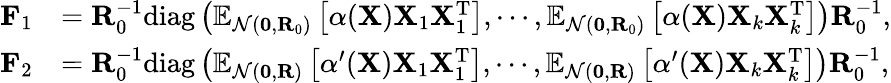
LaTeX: \begin{array}{rl}{\mathbf{F}_{1}}&{=\mathbf{R}_{0}^{-1}\mathrm{diag}\left(\mathbb{E}_{\mathcal{N}(\mathbf{0},\mathbf{R}_{0})}\left[\alpha(\mathbf{X})\mathbf{X}_{1}\mathbf{X}_{1}^{\mathrm{T}}\right],\cdots,\mathbb{E}_{\mathcal{N}(\mathbf{0},\mathbf{R}_{0})}\left[\alpha(\mathbf{X})\mathbf{X}_{k}\mathbf{X}_{k}^{\mathrm{T}}\right]\right)\mathbf{R}_{0}^{-1},}\\ {\mathbf{F}_{2}}&{=\mathbf{R}_{0}^{-1}\mathrm{diag}\left(\mathbb{E}_{\mathcal{N}(\mathbf{0},\mathbf{R})}\left[\alpha^{\prime}(\mathbf{X})\mathbf{X}_{1}\mathbf{X}_{1}^{\mathrm{T}}\right],\cdots,\mathbb{E}_{\mathcal{N}(\mathbf{0},\mathbf{R})}\left[\alpha^{\prime}(\mathbf{X})\mathbf{X}_{k}\mathbf{X}_{k}^{\mathrm{T}}\right]\right)\mathbf{R}_{0}^{-1},}\end{array}